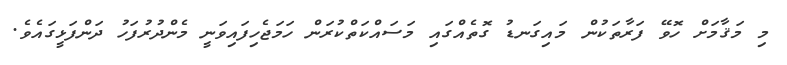
މި މަޤާމަށް ހޮވޭ ފަރާތަކުން މައިގަނޑު ގޮތެއްގައި މަސައްކަތްކުރަން ހަމަޖެހިފައިވަނީ މެންދުރުފަހު ދަންފަޅީގައެވެ.